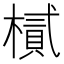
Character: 樲